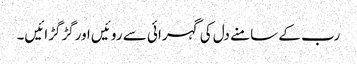
رب کے سامنے دل کی گہرائی سے روئیں اورگڑگڑائیں۔